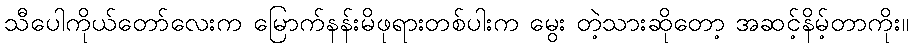
သီပေါကိုယ်တော်လေးက မြောက်နန်းမိဖုရားတစ်ပါးက မွေး တဲ့သားဆိုတော့ အဆင့်နိမ့်တာကိုး။